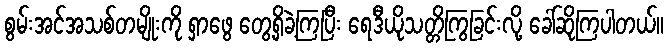
စွမ်းအင်အသစ်တမျိုးကို ရှာဖွေ တွေ့ရှိခဲ့ကြပြီး ရေဒီယိုသတ္တိကြွခြင်းလို့ ခေါ်ဆိုကြပါတယ်။